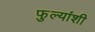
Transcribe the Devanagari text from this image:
फुल्यांशी